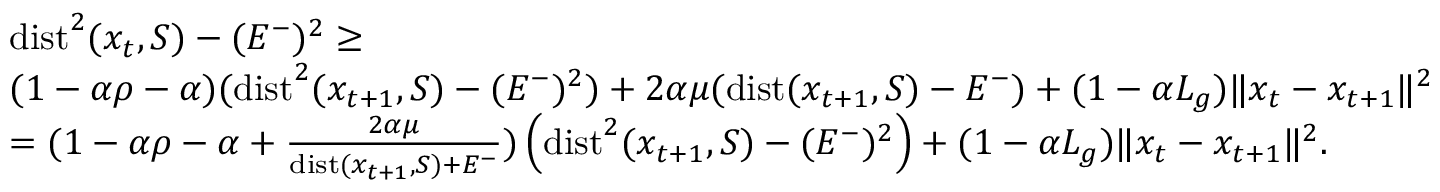
\begin{array} { r l } & { \operatorname { d i s t } ^ { 2 } ( x _ { t } , S ) - ( E ^ { - } ) ^ { 2 } \geq } \\ & { ( 1 - \alpha \rho - \alpha ) ( \operatorname { d i s t } ^ { 2 } ( x _ { t + 1 } , S ) - ( E ^ { - } ) ^ { 2 } ) + 2 \alpha \mu ( \operatorname { d i s t } ( x _ { t + 1 } , S ) - E ^ { - } ) + ( 1 - \alpha L _ { g } ) \Vert x _ { t } - x _ { t + 1 } \Vert ^ { 2 } } \\ & { = ( 1 - \alpha \rho - \alpha + \frac { 2 \alpha \mu } { \operatorname { d i s t } ( x _ { t + 1 } , S ) + E ^ { - } } ) \left( \operatorname { d i s t } ^ { 2 } ( x _ { t + 1 } , S ) - ( E ^ { - } ) ^ { 2 } \right) + ( 1 - \alpha L _ { g } ) \Vert x _ { t } - x _ { t + 1 } \Vert ^ { 2 } . } \end{array}